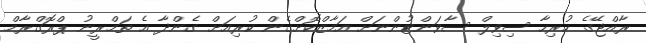
ރާއްޖޭގެ ހުރިހާ ސިވިލް ސާވަންޓުންނަށް އަމާޒްކޮށްގެން ކުރިއަށް ގެންދާ އެ ތަމްރީނު ޕްރޮގްރާމް